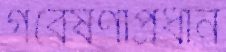
গবেষণাপ্রধান